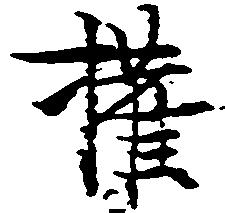
権